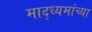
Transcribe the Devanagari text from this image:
माद्ध्यमांच्या